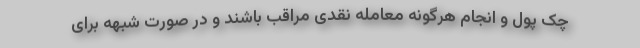
چک پول و انجام هرگونه معامله نقدی مراقب باشند و در صورت شبهه برای